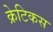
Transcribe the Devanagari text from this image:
क्रेटिकस